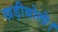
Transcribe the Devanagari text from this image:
खड़ीबोली।